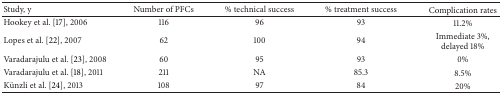
<table><thead><tr><td><b>Study, y</b></td><td><b>Number of PFCs</b></td><td><b>% technical success</b></td><td><b>% treatment success</b></td><td><b>Complication rates</b></td></tr></thead><tbody><tr><td>Hookey et al. [17], 2006</td><td>116</td><td>96</td><td>93</td><td>11.2%</td></tr><tr><td>Lopes et al. [22], 2007</td><td>62</td><td>100</td><td>94</td><td>Immediate 3%, delayed 18%</td></tr><tr><td>Varadarajulu et al. [23], 2008</td><td>60</td><td>95</td><td>93</td><td>0%</td></tr><tr><td>Varadarajulu et al. [18], 2011</td><td>211</td><td>NA</td><td>85.3</td><td>8.5%</td></tr><tr><td>Künzli et al. [24], 2013</td><td>108</td><td>97</td><td>84</td><td>20%</td></tr></tbody></table>